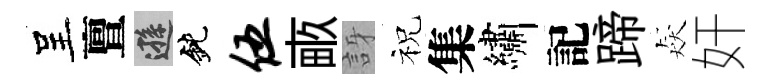
呈亶遜鈍伍畞訝祝集繡記蹄猋奸